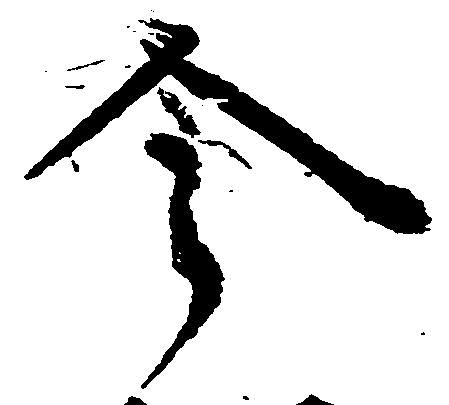
令